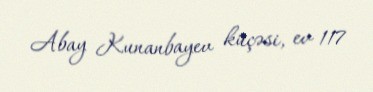
Abay Kunanbayev küçəsi, ev 117